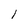
Character: l